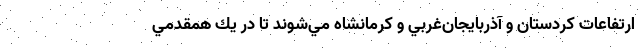
ارتفاعات كردستان و آذربايجان‌غربي و كرمانشاه مي‌شوند تا در يك همقدمي